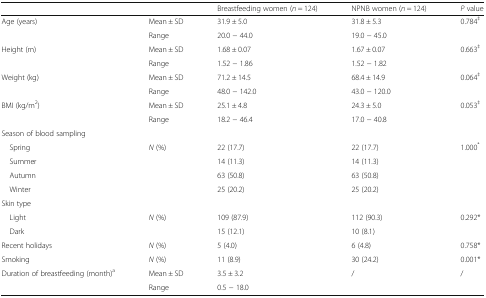
| <COLSPAN=2>  | Breastfeeding women (n = 124) | NPNB women (n = 124) | P value |
 | --- | --- | --- | --- | --- |
 | <ROWSPAN=2> Age (years) | Mean ± SD | 31.9 ± 5.0 | 31.8 ± 5.3 | <ROWSPAN=2> 0.784‡ |
 | Range | 20.0 − 44.0 | 19.0 − 45.0 |
 | <ROWSPAN=2> Height (m) | Mean ± SD | 1.68 ± 0.07 | 1.67 ± 0.07 | <ROWSPAN=2> 0.663‡ |
 | Range | 1.52 − 1.86 | 1.52 − 1.82 |
 | <ROWSPAN=2> Weight (kg) | Mean ± SD | 71.2 ± 14.5 | 68.4 ± 14.9 | <ROWSPAN=2> 0.064‡ |
 | Range | 48.0 − 142.0 | 43.0 − 120.0 |
 | <ROWSPAN=2> BMI (kg/m2) | Mean ± SD | 25.1 ± 4.8 | 24.3 ± 5.0 | <ROWSPAN=2> 0.053‡ |
 | Range | 18.2 − 46.4 | 17.0 − 40.8 |
 | <COLSPAN=5> Season of blood sampling |
 | Spring | <ROWSPAN=4> N (%) | 22 (17.7) | 22 (17.7) | <ROWSPAN=4> 1.000* |
 | Summer | 14 (11.3) | 14 (11.3) |
 | Autumn | 63 (50.8) | 63 (50.8) |
 | Winter | 25 (20.2) | 25 (20.2) |
 | <COLSPAN=5> Skin type |
 | Light | <ROWSPAN=2> N (%) | 109 (87.9) | 112 (90.3) | <ROWSPAN=2> 0.292* |
 | Dark | 15 (12.1) | 10 (8.1) |
 | Recent holidays | N (%) | 5 (4.0) | 6 (4.8) | 0.758* |
 | Smoking | N (%) | 11 (8.9) | 30 (24.2) | 0.001* |
 | <ROWSPAN=2> Duration of breastfeeding (month)a | Mean ± SD | 3.5 ± 3.2 | <ROWSPAN=2> / | <ROWSPAN=2> / |
 | Range | 0.5 − 18.0 |